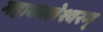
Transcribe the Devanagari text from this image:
महाकालेश्वरम्